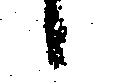
候